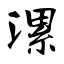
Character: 漯